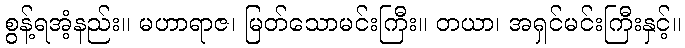
စွန့်ရအံ့နည်း။ မဟာရာဇ၊ မြတ်သောမင်းကြီး။ တယာ၊ အရှင်မင်းကြီးနှင့်။